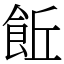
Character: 𩚨